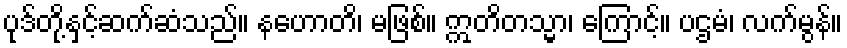
ပုဒ်တို့နှင့်ဆက်ဆံသည်။ နဟောတိ၊ မဖြစ်။ ဣတိတသ္မာ၊ ကြောင့်။ ပဌမံ၊ လက်မွန်။